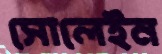
সোলেইন